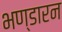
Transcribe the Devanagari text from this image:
भण्डारन